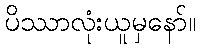
ပိဿာလုံးယူမှနော်။